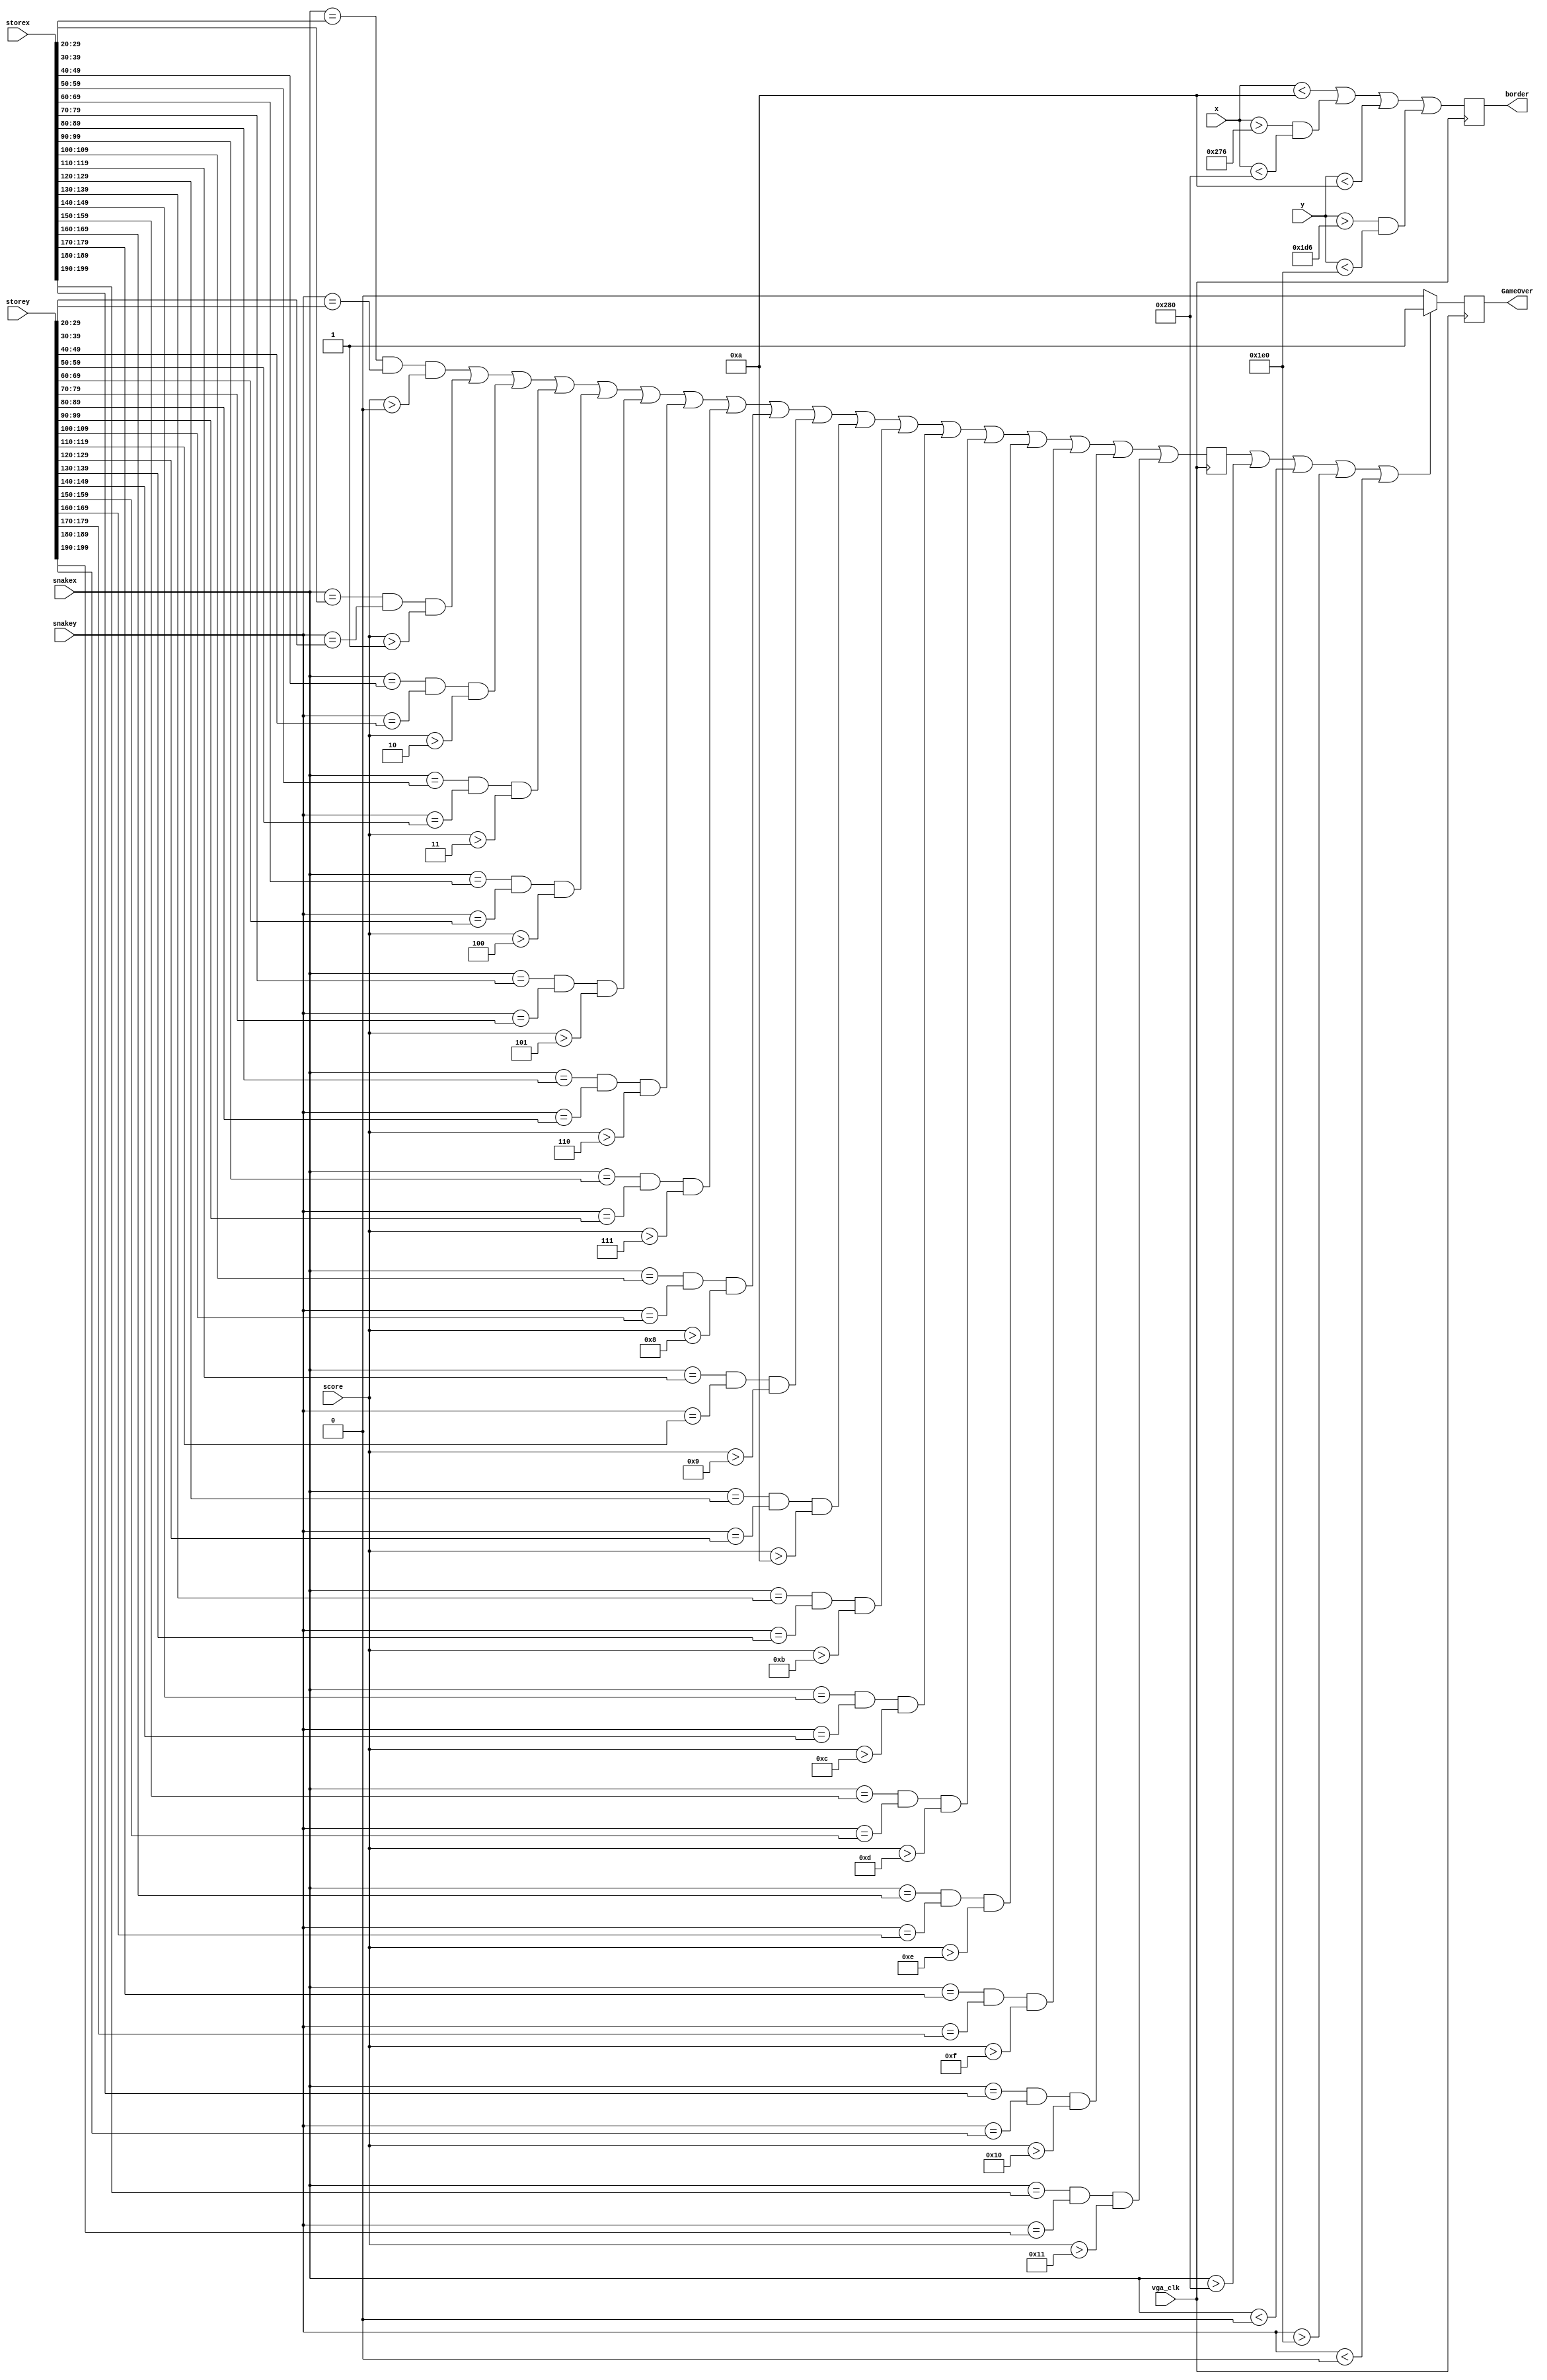
`timescale 1ns / 1ps
//////////////////////////////////////////////////////////////////////////////////
// Company: 
// Engineer: 
// 
// Design Name: 
// Module Name: game_over
// Project Name: 
// Target Devices: 
// Tool Versions: 
// Description: 
// 
// Dependencies: 
// 
// Revision:
// Revision 0.01 - File Created
// Additional Comments:
// 
//////////////////////////////////////////////////////////////////////////////////


module game_over(
    input vga_clk,
    input [7:0] score,
    input [9:0] snakex,
    input [9:0] snakey,
    input [199:0] storex,
    input [199:0] storey,
    input [9:0] x,
    input [9:0] y,
    output reg GameOver,
    output reg border
    );
    
    
    
    reg body;
    
    always@(posedge vga_clk) begin
        border <= (x < 10 || (x > 630 && x < 640) || y < 10 || (y > 470 && y < 480));
        
    end   
	
    always@(posedge vga_clk)
    begin
        body = ((snakex == storex[29:20] && snakey == storey[29:20] && (score > 8'd0)) 
        ||  (snakex == storex[39:30] && snakey == storey[39:30] && (score > 8'd1))
        ||  (snakex == storex[49:40] && snakey == storey[49:40] && (score > 8'd2))
        ||  (snakex == storex[59:50] && snakey == storey[59:50] && (score > 8'd3))
        ||  (snakex == storex[69:60] && snakey == storey[69:60] && (score > 8'd4))
        ||  (snakex == storex[79:70] && snakey == storey[79:70] && (score > 8'd5))
        ||  (snakex == storex[89:80] && snakey == storey[89:80] && (score > 8'd6))
        ||  (snakex == storex[99:90] && snakey == storey[99:90] && (score > 8'd7))
        ||  (snakex == storex[109:100] && snakey == storey[109:100] && (score > 8'd8))
        ||  (snakex == storex[119:110] && snakey == storey[119:110] && (score > 8'd9))
        ||  (snakex == storex[129:120] && snakey == storey[129:120] && (score > 8'd10))
        ||  (snakex == storex[139:130] && snakey == storey[139:130] && (score > 8'd11))
        ||  (snakex == storex[149:140] && snakey == storey[149:140] && (score > 8'd12))
        ||  (snakex == storex[159:150] && snakey == storey[159:150] && (score > 8'd13))
        ||  (snakex == storex[169:160] && snakey == storey[169:160] && (score > 8'd14))
        ||  (snakex == storex[179:170] && snakey == storey[179:170] && (score > 8'd15))
        ||  (snakex == storex[189:180] && snakey == storey[189:180] && (score > 8'd16))
        ||  (snakex == storex[199:190] && snakey == storey[199:190] && (score > 8'd17))); 
    end
    
   
    
    always@(posedge vga_clk) begin
        
        if(body || snakex > 640 || snakex < 0 || snakey > 480 || snakey < 0)
            GameOver <= 1;
        else
            GameOver <= 0;
        end         
endmodule